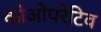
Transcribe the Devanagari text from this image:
कोओपरेटिव